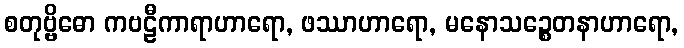
စတုဗ္ဗိဓော ကဗဠီကာရာဟာရော, ဖဿာဟာရော, မနောသဉ္စေတနာဟာရော,